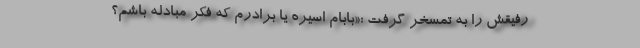
رفیقش را به تمسخر گرفت :«بابام اسیره یا برادرم که فکر مبادله باشم؟